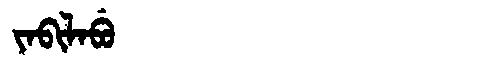
Manchu: ᠶᠠᠪᡳᠯᠠᠪᡠ
Romanization: YABILABU